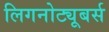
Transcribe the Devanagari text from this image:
लिगनोट्यूबर्स